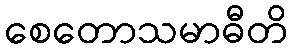
စေတောသမာဓီတိ